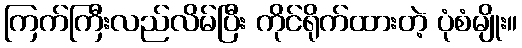
ကြက်ကြီးလည်လိမ်ပြီး ကိုင်ရိုက်ထားတဲ့ ပုံစံမျိုး။